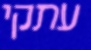
עתקי